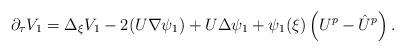
LaTeX: \begin{align*}\partial_\tau V_1 = \Delta_\xi V_1 - 2 ( U \nabla \psi_1 ) + U \Delta \psi_1 + \psi_1 (\xi)\left( U^p - \hat U^p \right).\end{align*}